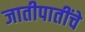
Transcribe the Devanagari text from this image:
जातीपातींचे